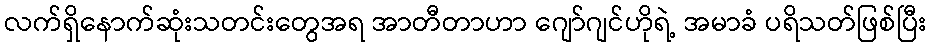
လက်ရှိနောက်ဆုံးသတင်းတွေအရ အာတီတာဟာ ဂျော်ဂျင်ဟိုရဲ့ အမာခံ ပရိသတ်ဖြစ်ပြီး